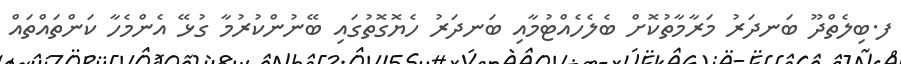
ފ.ބިލެތްދޫ ބަނދަރު މަރާމާތުކޮށް ބެލެހެއްޓުމާއި ބަނދަރު ހެޔޮގޮތުގައި ބޭނުންކުރުމާ ގުޅޭ އެންމެހާ ކަންތައްތައް